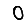
Digit: 0